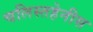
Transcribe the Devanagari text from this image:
चलिस्तहेनीस